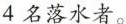
4名落水者。